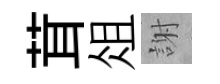
茸俎謝